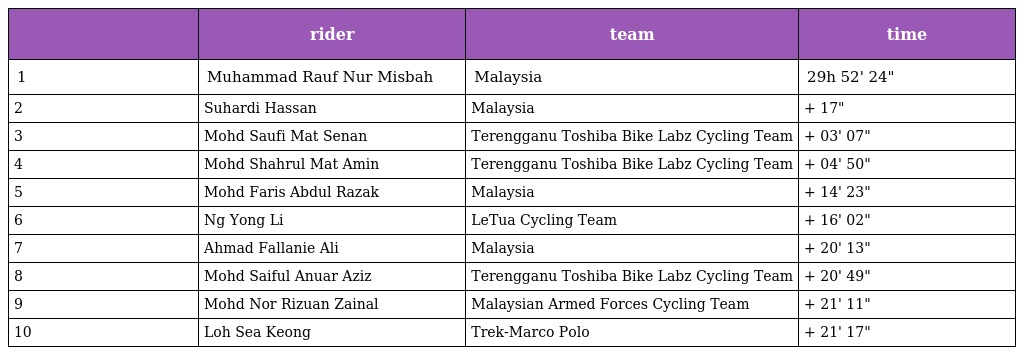
|  | rider | team | time |
 | --- | --- | --- | --- |
 | 1 | Muhammad Rauf Nur Misbah | Malaysia | 29h 52' 24" |
 | 2 | Suhardi Hassan | Malaysia | + 17" |
 | 3 | Mohd Saufi Mat Senan | Terengganu Toshiba Bike Labz Cycling Team | + 03' 07" |
 | 4 | Mohd Shahrul Mat Amin | Terengganu Toshiba Bike Labz Cycling Team | + 04' 50" |
 | 5 | Mohd Faris Abdul Razak | Malaysia | + 14' 23" |
 | 6 | Ng Yong Li | LeTua Cycling Team | + 16' 02" |
 | 7 | Ahmad Fallanie Ali | Malaysia | + 20' 13" |
 | 8 | Mohd Saiful Anuar Aziz | Terengganu Toshiba Bike Labz Cycling Team | + 20' 49" |
 | 9 | Mohd Nor Rizuan Zainal | Malaysian Armed Forces Cycling Team | + 21' 11" |
 | 10 | Loh Sea Keong | Trek-Marco Polo | + 21' 17" |